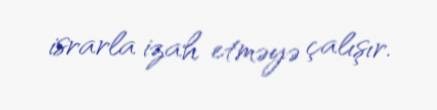
israrla izah etməyə çalışır.